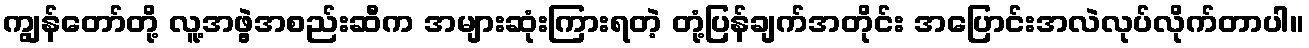
ကျွန်တော်တို့ လူ့အဖွဲ့အစည်းဆီက အများဆုံးကြားရတဲ့ တုံ့ပြန်ချက်အတိုင်း အပြောင်းအလဲလုပ်လိုက်တာပါ။